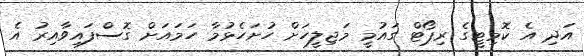
އަދި އެ ކޮމިޓީގެ ރިޕޯޓް ގައުމީ މަޖިލީހަށް ހުށަހެޅުމާ ހަމައަށް ގޮސްފައިވާއިރު އެ